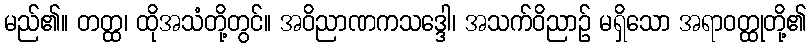
မည်၏။ တတ္ထ၊ ထိုအသံတို့တွင်။ အဝိညာဏကသဒ္ဒေါ၊ အသက်ဝိညာဉ် မရှိသော အရာဝတ္ထုတို့၏